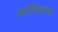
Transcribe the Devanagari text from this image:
अतिहास